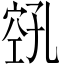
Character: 𫁎